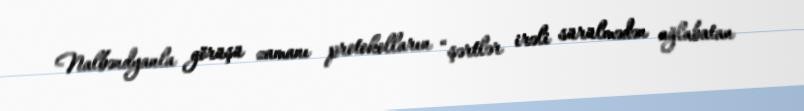
Nalbəndyanla görüşü zamanı protokolların “şərtlər irəli sürülmədən ağlabatan